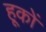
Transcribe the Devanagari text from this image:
हूकों